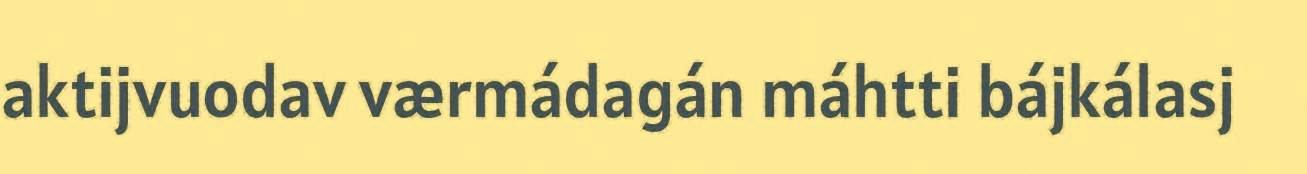
aktijvuodav værmádagán máhtti bájkálasj